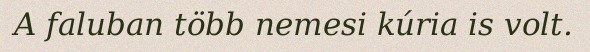
A faluban több nemesi kúria is volt.